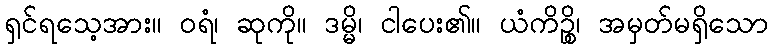
ရှင်ရသေ့အား။ ဝရံ၊ ဆုကို။ ဒမ္မိ၊ ငါပေး၏။ ယံကိဉ္စိ၊ အမှတ်မရှိသော